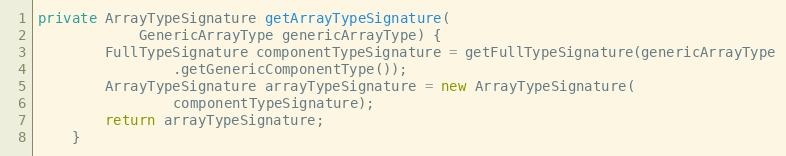
Language: Java
private ArrayTypeSignature getArrayTypeSignature(
			GenericArrayType genericArrayType) {
		FullTypeSignature componentTypeSignature = getFullTypeSignature(genericArrayType
				.getGenericComponentType());
		ArrayTypeSignature arrayTypeSignature = new ArrayTypeSignature(
				componentTypeSignature);
		return arrayTypeSignature;
	}